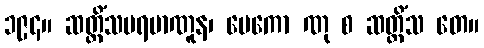
၁၉၄။ ဆတ္တိံသပရမာဏူန၊ မေကော ဏု စ ဆတ္တိံသ တေ။